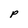
Character: P